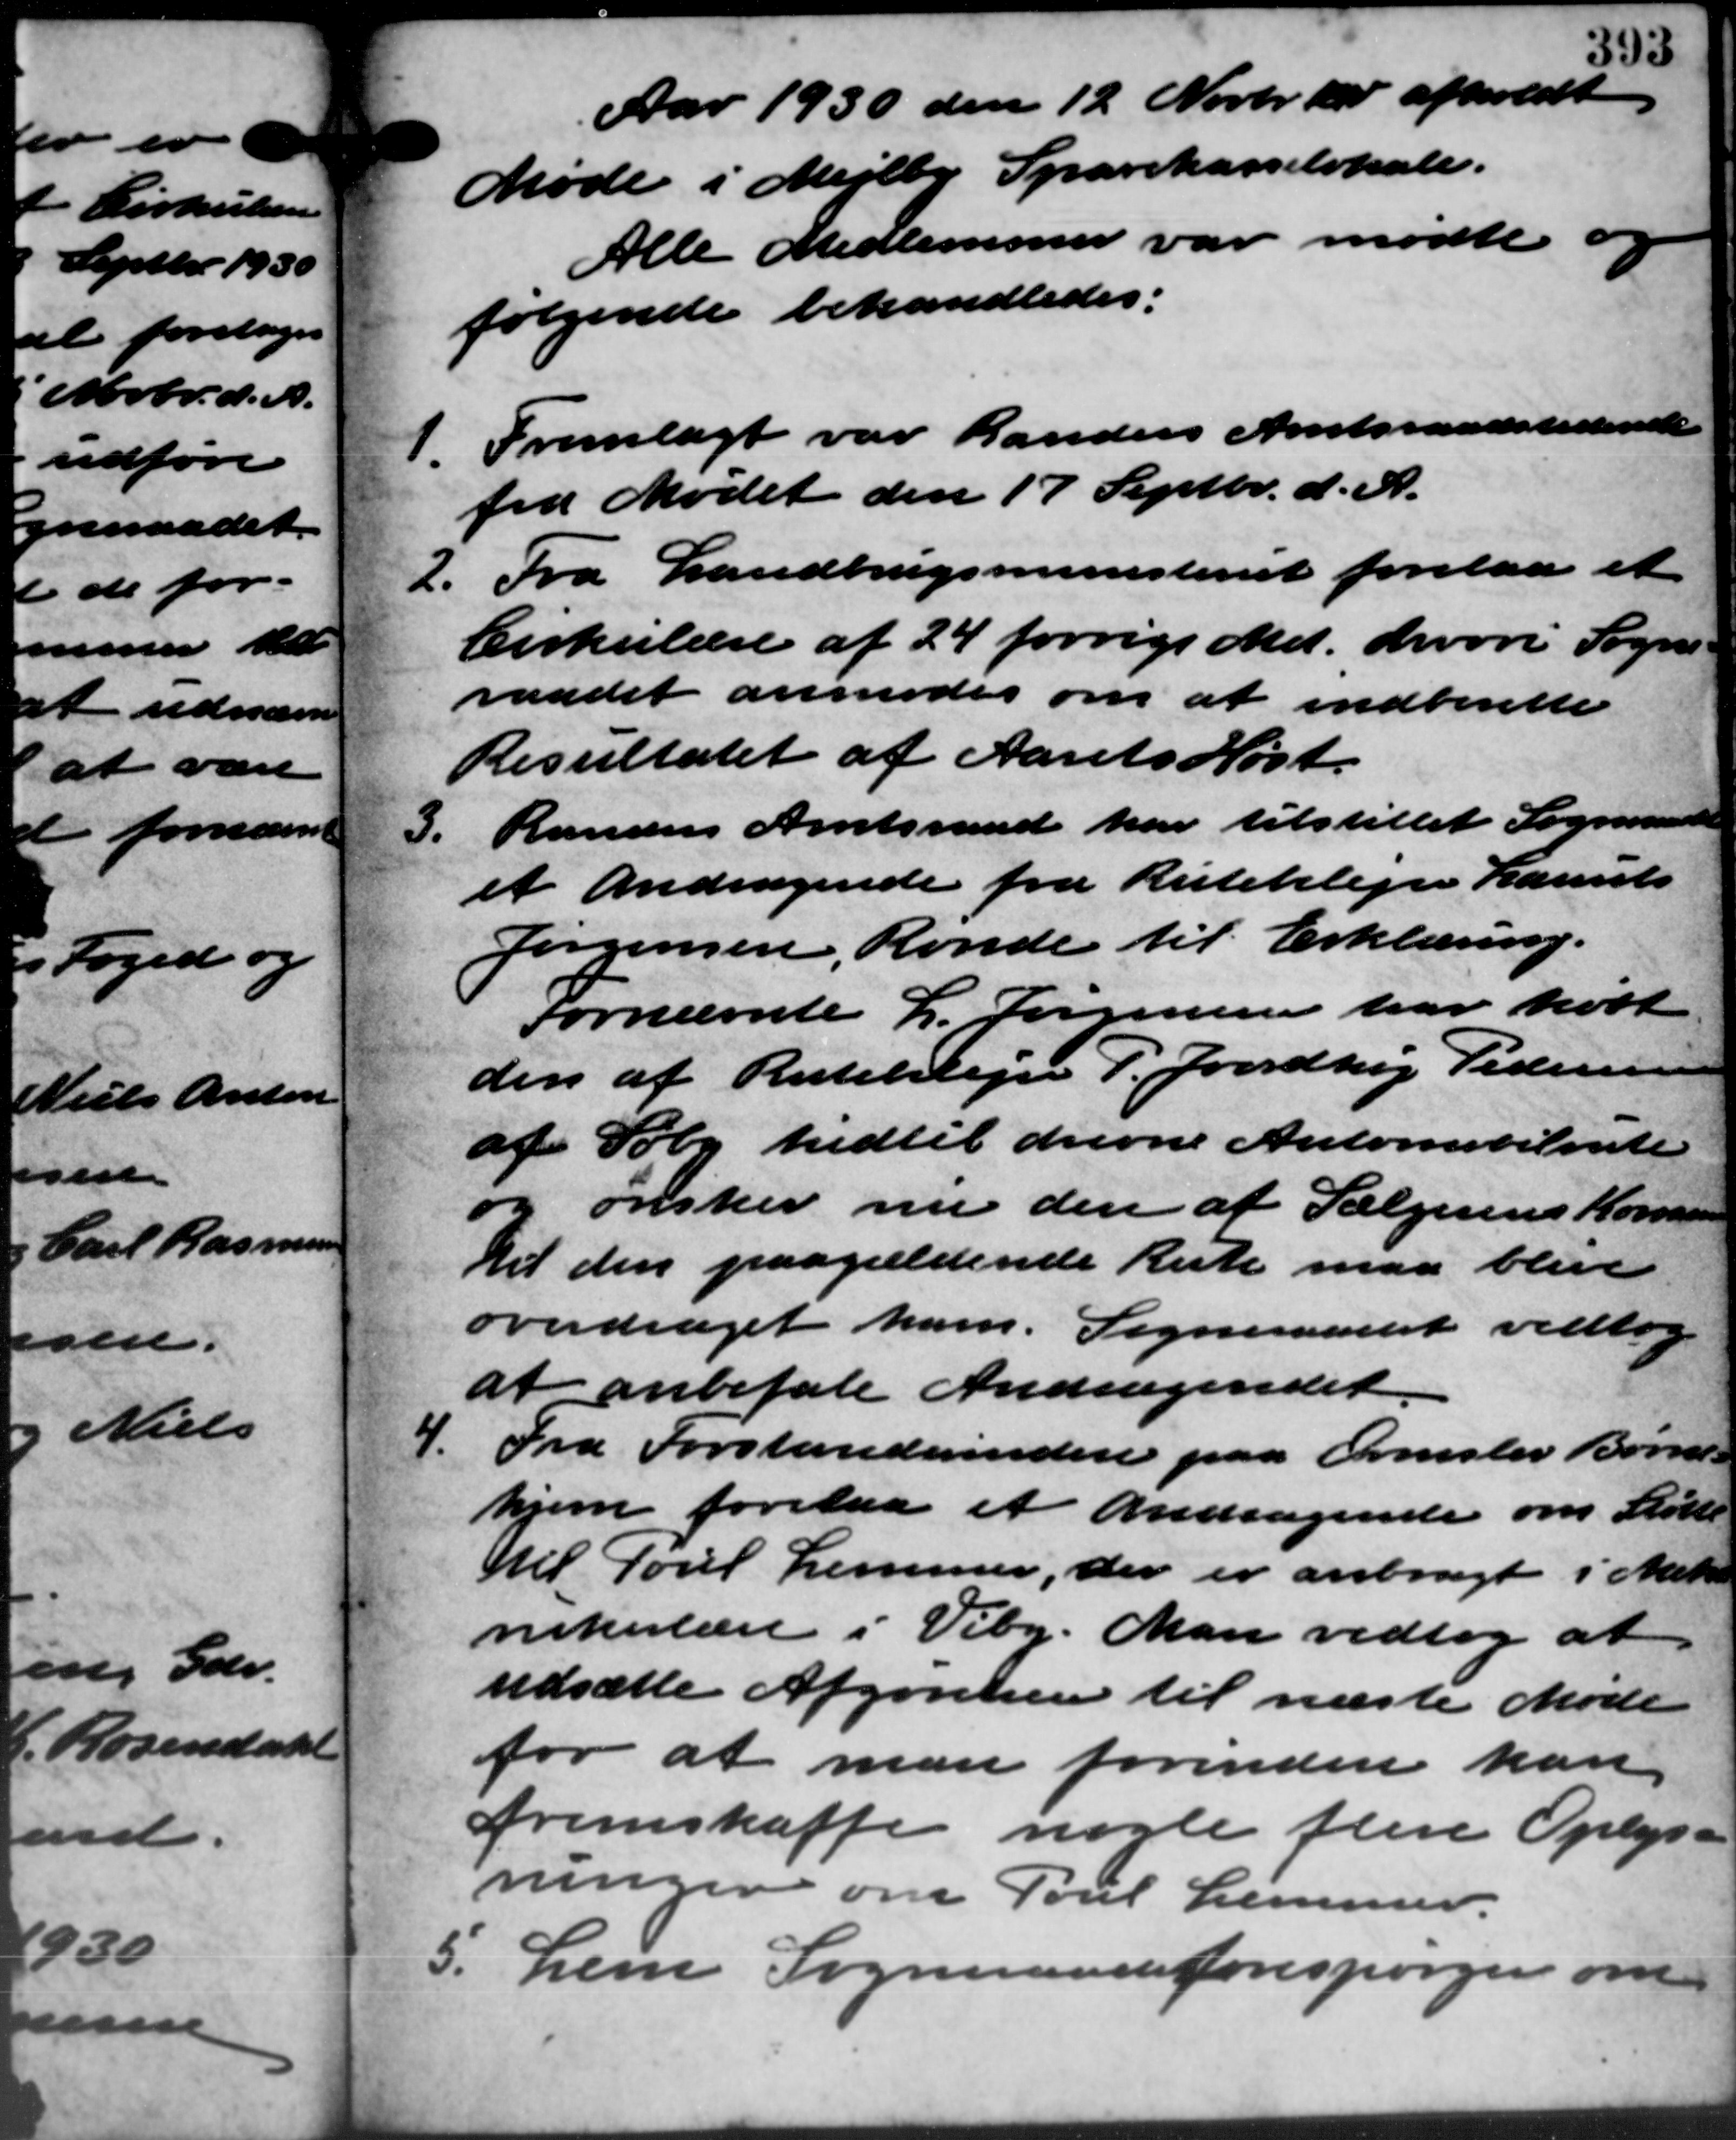
Transskription:
Aar 1930 den 12 Novbr. 1 afholdt
Møde i Mejlby Sparekasselokale.
Alle Medlemmer var mødte og
følgende behandledes:
1.
Fremlagt var Randers Amtsraadstidende
fra Mødet den 17 Septbr. d. A.
2. Fra Landbrugsministeriet forelaa et
2. Fra Landbrugsministeriet forelaa et
Cirkulære af 24 forrigs Md. hvori Sogne-
raadet anmodes om at indberette
Resultatet af Aarets Høst.
3.
Randers Amtsraad har tilstillet Sogneraadet
et Andragende fra Rutebilejer Laurits
Jørgensen, Ronde til Erklæring.
Fornævnte L. Jørgensen har købt
3
den af Rutebilejer P. Jordtoj Pedersen
af Søby hidtil drevne Automobilente
og ønsker nu den af Sælgerende Kommun
til den paagældende Rute maa blive
overdraget ham. Sogneraadet vedtog
at anbefale Andragendet
4.
Fra Forstanderinden paa Ormslev Børne –
hjem forelaa et Andragende om Støtte
Kll Poul Lemmer, der er anbragt i Mette
nirkulære i Viby. Man vedtog at
udsætte Afgørelsen til næste Møde
for at man forinden kan
fremskaffe nogle flere Oplys-
ninger om Poul Lemmer.
5. Lem Sogneraadsforespørger om